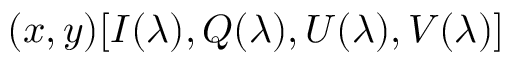
( x , y ) [ I ( \lambda ) , Q ( \lambda ) , U ( \lambda ) , V ( \lambda ) ]